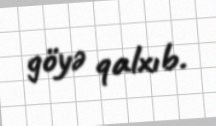
göyə qalxıb.